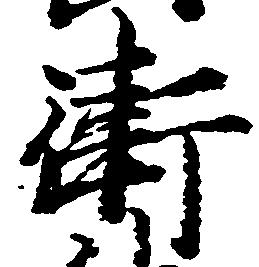
衛